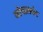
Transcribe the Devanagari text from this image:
गोपालपेट